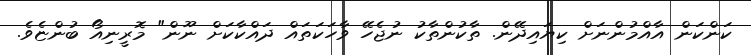
ކަންކަން އާއްމުންނަށް ކިޔައިދޭން. ތާކުންތާކު ނުޖެހޭ ވާހަކަތައް ދައްކާކަށް ނޫން" މޮރީނިއޯ ބުންޏެވެ.